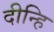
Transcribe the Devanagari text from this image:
दीन्हि